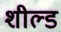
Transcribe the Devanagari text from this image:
शील्‍ड